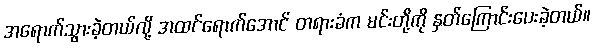
အရောက်သွားခဲ့တယ်လို့ အထင်ရောက်အောင် တရားခံက မင်းတို့ကို နှတ်ကြောင်းပေးခဲ့တယ်။